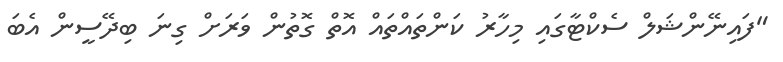
"ފައިނޭންޝަލް ސެކްޓާގައި މިހާރު ކަންތައްތައް އޮތް ގޮތުން ވަރަށް ގިނަ ބިދޭސީން އެބަ